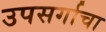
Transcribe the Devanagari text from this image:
उपसर्गाचा